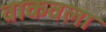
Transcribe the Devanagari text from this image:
वाकवला